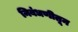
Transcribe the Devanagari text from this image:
निबंधणीतून